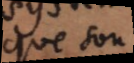
que son